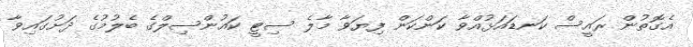
އެގޮތުން ރައީސް ކަނޑައަޅުއްވާ ކަންކަން ފިޔަވާ މާލެ ސިޓީ ކައުންސިލްގެ ބެލުމުގެ ދަށުގައިވާ